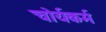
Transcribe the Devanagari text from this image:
चोर्यकर्म